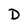
Character: D